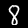
Digit: 8